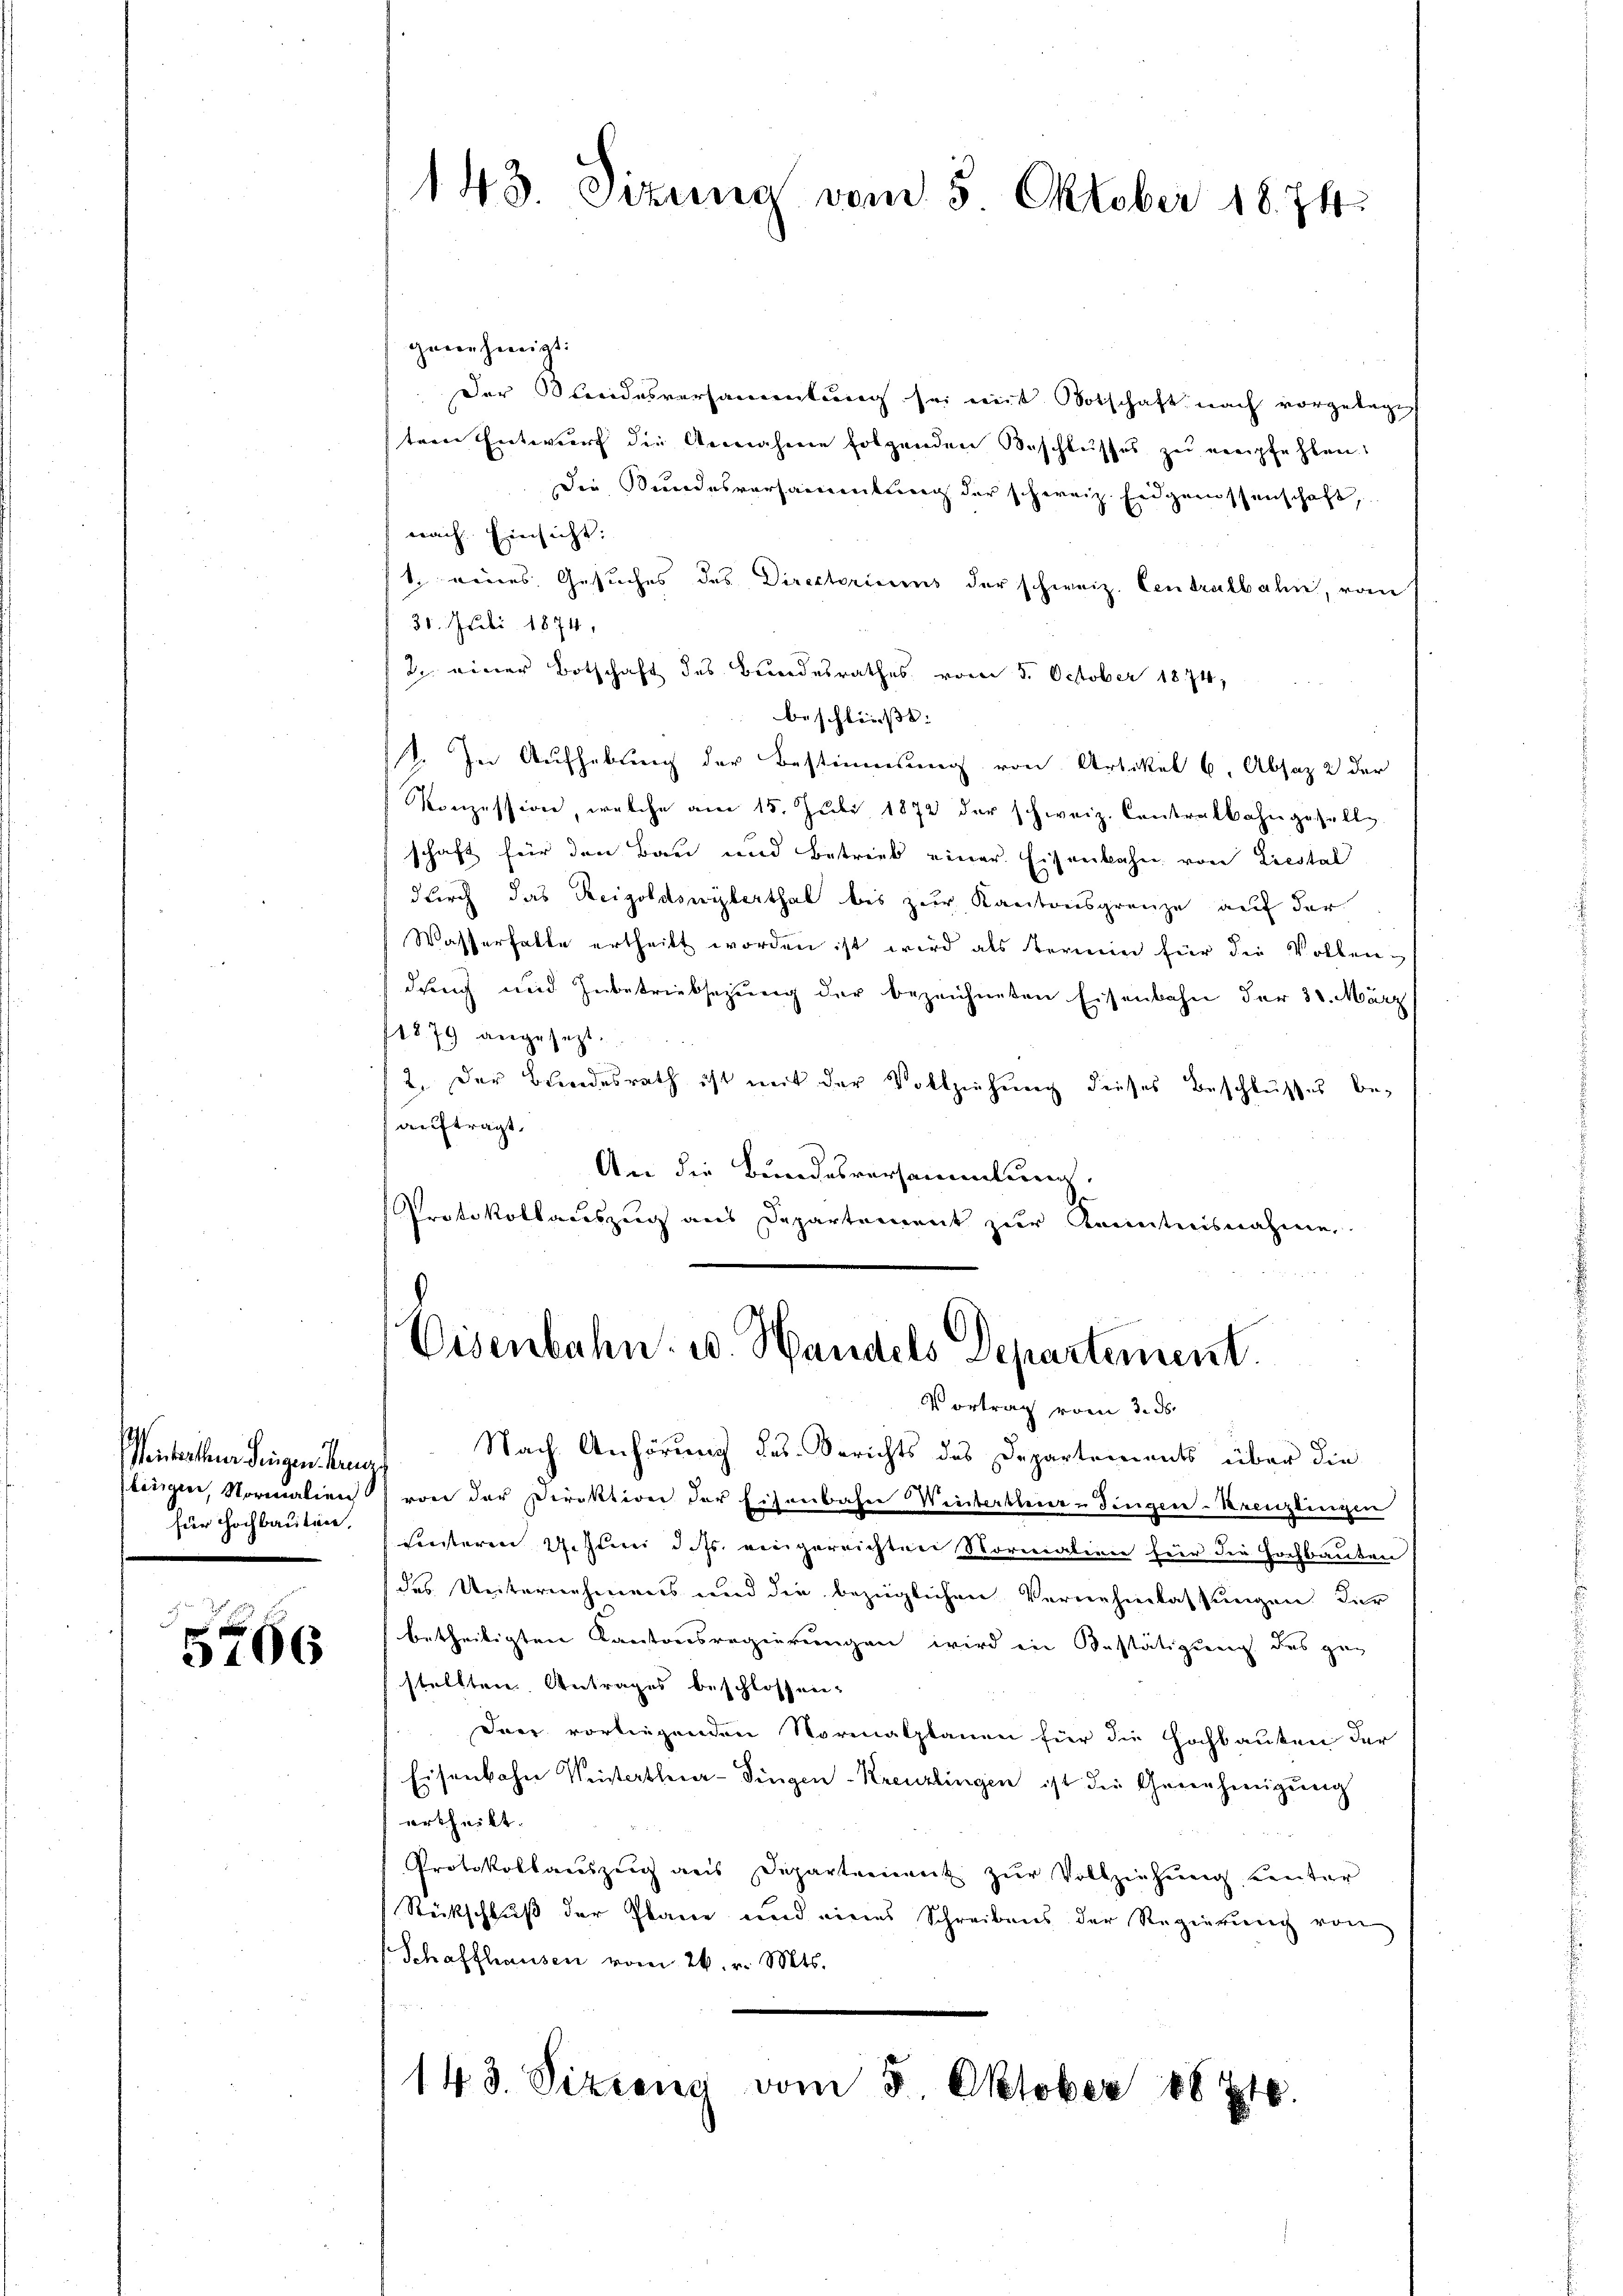
s
(Winterthur dingen Kreuz
für Hochbauten,

3106

genehmigt:
Der Weidesversammlung sei mit Botschaft nach vorgelege
stern Entwurf die Annahme folgenden Beschlŭsses zu empfehlen.
Die Bundesversammlung der schweiz. Eidgenossenschaft,
nach Einsicht:
1. eines Gesuches des Directoriums der schweiz. Centralbahn, vom
30. Juli 1874.
2. einer Botschaft des Bundesrathes vom 5. October 1874,
beschliesse: |
. In Aufhebung der Bestimmung von Artikel 6. Absaz 2 der
Konzession, welche am 15. Juli 1872 der schweiz. Contralbahngesells
schaft für den Bau und Betrieb einer Eisenbahn von Liestal
durch das Reigoldswyterthal bis zur Kantonsgrenze auf der
Wasserhalte ertheilt worden ist wird als Termin für die Vollendung und Zubetriebsezung der bezeichneten Eisenbahn der 30. März
1879 angesezt.
2. Der Bundesrath ist mit der Vollziehung dieses Beschlusses be-
auftragt.
An die Bundesversammlung.
Protokollauszug aus Departement zur Kenntnisnahme

143. Setzung vom 3 Oktober 1874.

Eisenbahn u. Handels Departement.
Vortrag vom 3. ds.

Nach Anhörung des Berichts des Departements über die
linigter, Normalien von der Direktion der Eisenbahn Winterbleier-Finger-Kreuzlingen
Festeren 2. Juni d. Js. eingereichten Vornation für die Hochbauten
(des Unternehmens und die bezüglichen Vernehmlassungen. Dur
betheiligten Kantonsregierungen wird in Bestätigung des ge-
stellten. Antrages beschlossnen-
Daer vorliegenden Normalplanen für die Hochbauten der
Eisenbahn Wintertheuer-Singen-Kreuzlingen ist die Genehmigung
urtheilt.
Protokollauszeig aus Departement zŭr Vollziehŭng einter
Rückschluss der Plane und eines Schreibens der Regierung von
Schaffhausen vom 26. v. Mts.

143. Sizieng vom 5. Oktober 188716.